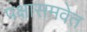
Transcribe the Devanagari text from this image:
पक्षासमवेत